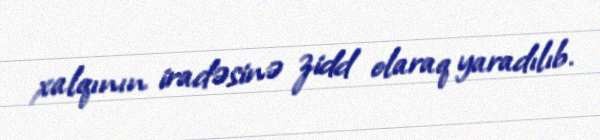
xalqının iradəsinə zidd olaraq yaradılıb.